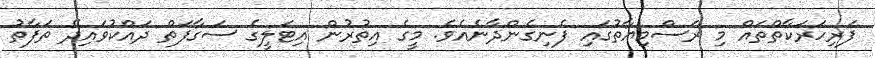
ފަރިހަރަކާތްތައް މި ރަސްމިޔާތުގައި ފެނިގެންދާނެއެވެ. މީގެ އިތުރުން އިޓަލީގެ ސަގާފަތް ދައްކުވައިދޭ ތަފާތު